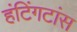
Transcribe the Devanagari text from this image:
हंटिंगटांस